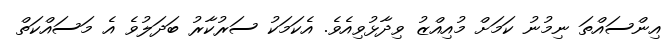
އިންސައްތަ ނިމުނު ކަމަށް މުއިއްޒު ވިދާޅުވިއެވެ. އެކަމަކު ސަރުކާރު ބަދަލުވެ އެ މަސައްކަތް